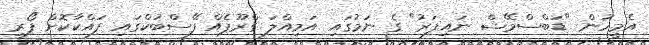
އެމީހުން "ޑަބްސްމޭޝް ނައިފަރު" ގެ ނަމުގައި އަމިއްލަ ގްރޫޕެއް ފޭސްބުކްގައި ފައްކާކޮށް ފޯރި